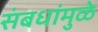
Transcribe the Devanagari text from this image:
संबधांमुळे